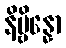
နိဗ္ဗိန္နော